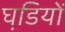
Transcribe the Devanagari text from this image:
घडि़यों